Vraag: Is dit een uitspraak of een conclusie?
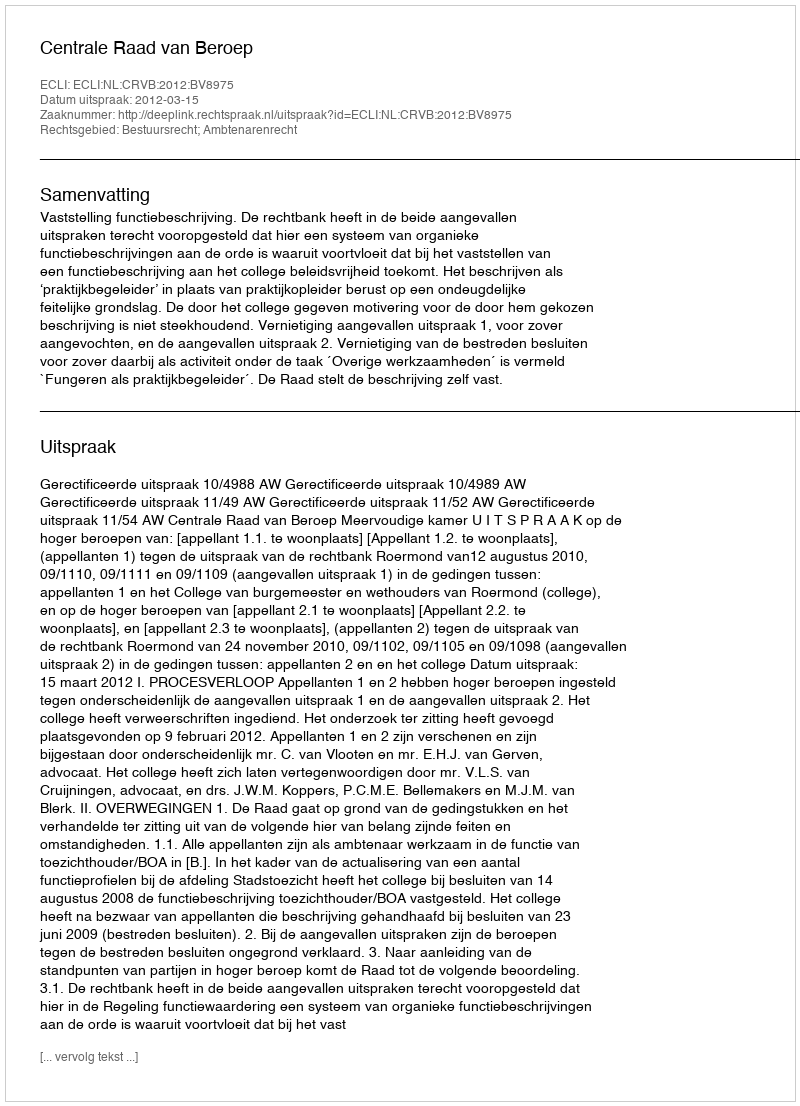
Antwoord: Uitspraak